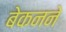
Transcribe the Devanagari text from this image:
बेकनने